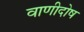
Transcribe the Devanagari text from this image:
वाणीदोष